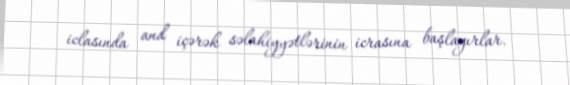
iclasında and içərək səlahiyyətlərinin icrasına başlayırlar.